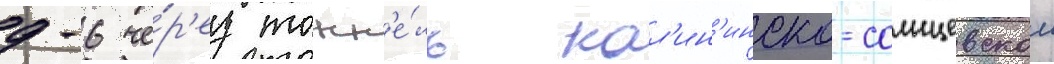
д-6 че́р'ез тонн'е́ль кал'ин'инско-солнцевскои